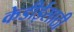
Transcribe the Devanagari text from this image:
केडीईसाठी